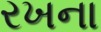
રખના